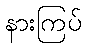
နားကြပ်